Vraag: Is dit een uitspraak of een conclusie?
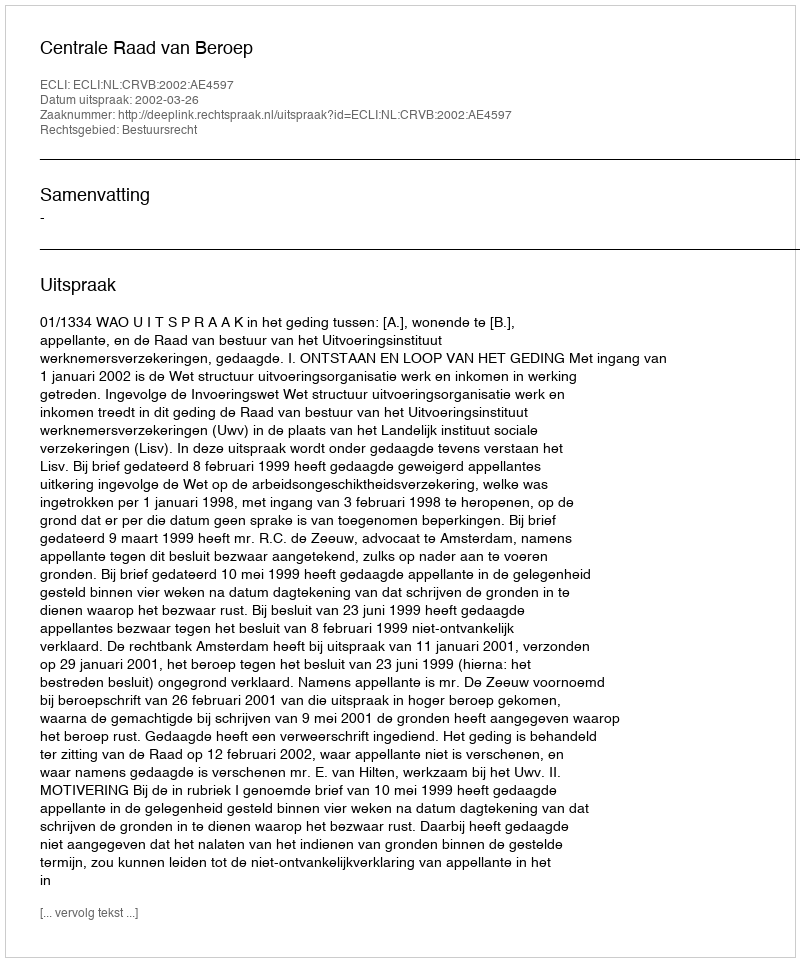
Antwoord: Uitspraak